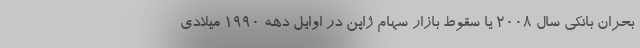
بحران بانکی سال 2008 یا سقوط بازار سهام ژاپن در اوایل دهه 1990 میلادی